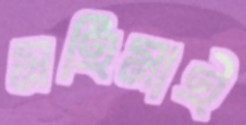
মহিমাই